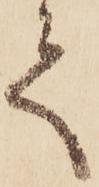
て